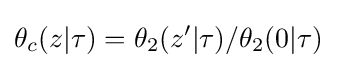
\theta _{c}(z|\tau )=\theta _{2}(z'|\tau )/\theta _{2}(0|\tau )